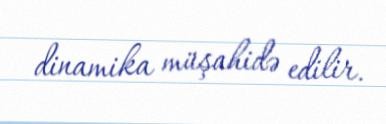
dinamika müşahidə edilir.